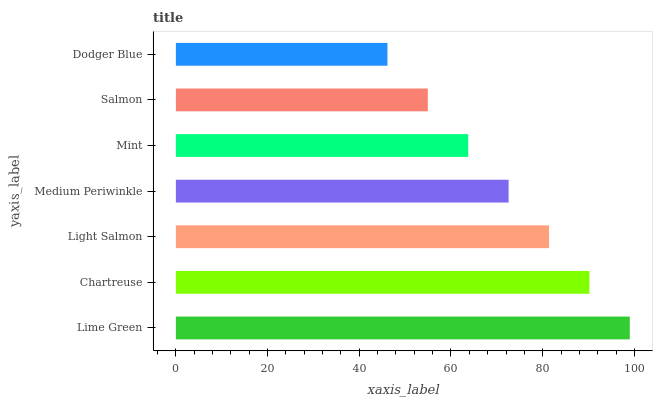
| yaxis_label | bars |
 | --- | --- |
 | Lime Green | 99 |
 | Chartreuse | 90.2 |
 | Light Salmon | 81.4 |
 | Medium Periwinkle | 72.6 |
 | Mint | 63.8 |
 | Salmon | 55 |
 | Dodger Blue | 46.1 |